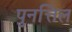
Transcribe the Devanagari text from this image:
पुनत्तिल